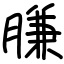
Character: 膁